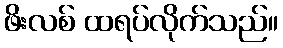
ဖိးလစ် ထရပ်လိုက်သည်။